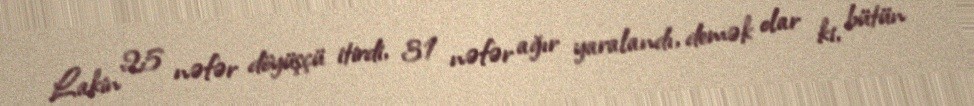
Lakin 25 nəfər döyüşçü itirdi, 31 nəfər ağır yaralandı, demək olar ki, bütün